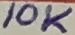
Text: 10K